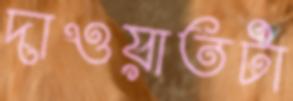
দাওয়াতটা